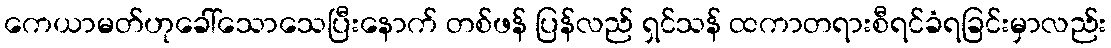
ကေယာမတ်ဟုခေါ်သောသေပြီးနောက် တစ်ဖန် ပြန်လည် ရှင်သန် ထကာတရားစီရင်ခံရခြင်းမှာလည်း